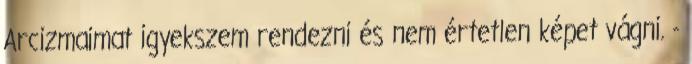
Arcizmaimat igyekszem rendezni és nem értetlen képet vágni. -